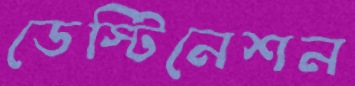
ডেস্টিনেশন